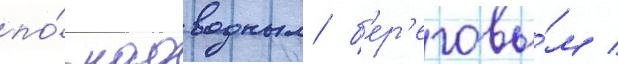
по́ надводным/ б'ер'еговы́м /